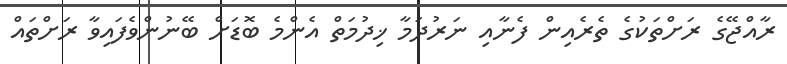
ރާއްޖޭގެ ރަށްތަކުގެ ތެރެއިން ފެނާއި ނަރުދަމާ ޚިދުމަތް އެންމެ ބޮޑަށް ބޭނުންވެފައިވާ ރަށްތައް